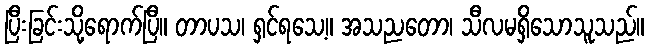
ပြီးခြင်းသို့ရောက်ပြီ။ တာပသ၊ ရှင်ရသေ့။ အသညတော၊ သီလမရှိသောသူသည်။